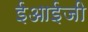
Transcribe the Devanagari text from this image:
ईआईजी